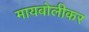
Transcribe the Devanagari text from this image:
मायबोलीकर